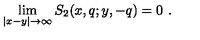
\lim _ { | x - y | \rightarrow \infty } S _ { 2 } ( x , q ; y , - q ) = 0 \ .